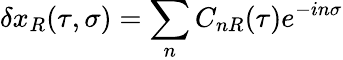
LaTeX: \delta x_{R}(\tau,\sigma)=\sum_{n}C_{nR}(\tau)e^{-in\sigma}